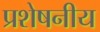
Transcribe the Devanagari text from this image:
प्रशेषनीय